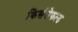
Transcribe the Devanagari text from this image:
किर्ससेफल्ड